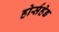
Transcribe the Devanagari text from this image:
होर्सहेड